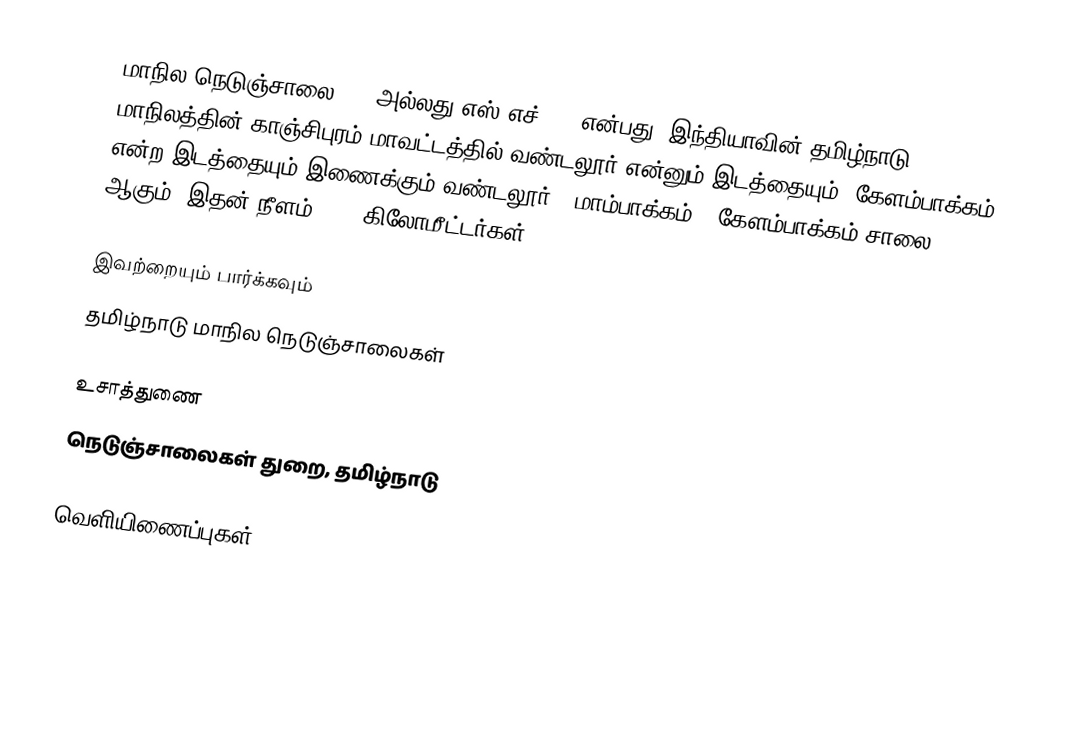
மாநில நெடுஞ்சாலை 121 அல்லது எஸ்.எச்-121 என்பது, இந்தியாவின் தமிழ்நாடு மாநிலத்தின் காஞ்சிபுரம் மாவட்டத்தில் வண்டலூர் என்னும் இடத்தையும், கேளம்பாக்கம் என்ற இடத்தையும் இணைக்கும் வண்டலூர் - மாம்பாக்கம் - கேளம்பாக்கம் சாலை ஆகும். இதன் நீளம் 18.6  கிலோமீட்டர்கள் .

இவற்றையும் பார்க்கவும்
 தமிழ்நாடு மாநில நெடுஞ்சாலைகள்

உசாத்துணை
 நெடுஞ்சாலைகள் துறை, தமிழ்நாடு

வெளியிணைப்புகள்